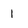
Character: 1